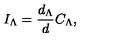
I _ { \Lambda } = { \frac { d _ { \Lambda } } { d } } C _ { \Lambda } ,